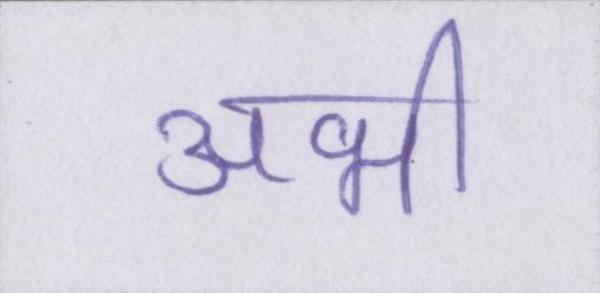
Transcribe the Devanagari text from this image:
अभी